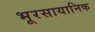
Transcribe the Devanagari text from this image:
भूरसायानिक